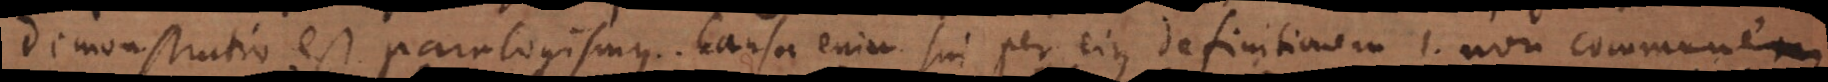
demonstratio est paralogismus. Causa enim sui per eius definitionem 1. non communem